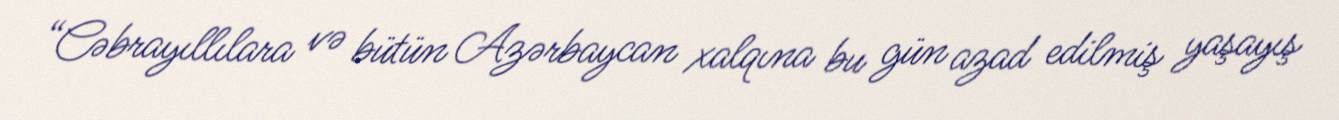
“Cəbrayıllılara və bütün Azərbaycan xalqına bu gün azad edilmiş yaşayış